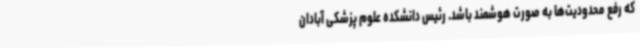
که رفع محدودیت‌ها به صورت هوشمند باشد. رئیس دانشکده علوم پزشکی آبادان